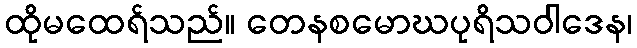
ထိုမထေရ်သည်။ တေနစမောဃပုရိသဝါဒေန၊